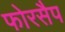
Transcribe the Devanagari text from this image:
फोरसैप